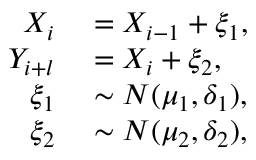
\begin{array} { r l } { X _ { i } } & { { } = X _ { i - 1 } + \xi _ { 1 } , } \\ { Y _ { i + l } } & { { } = X _ { i } + \xi _ { 2 } , } \\ { \xi _ { 1 } } & { { } \sim N ( \mu _ { 1 } , \delta _ { 1 } ) , } \\ { \xi _ { 2 } } & { { } \sim N ( \mu _ { 2 } , \delta _ { 2 } ) , } \end{array}